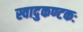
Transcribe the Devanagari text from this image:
स्वादुकण्टकः